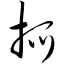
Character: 抓